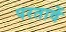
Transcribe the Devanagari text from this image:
परतावें